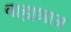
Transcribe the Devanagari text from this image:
बाह्यभाग